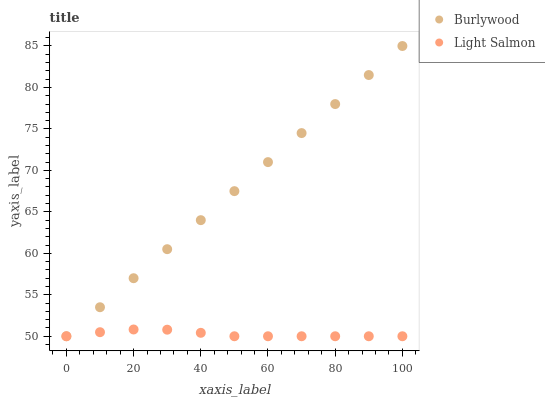
| xaxis_label | Burlywood | Light Salmon |
 | --- | --- | --- |
 | 0 | 50 | 50 |
 | 10 | 53.5 | 50.5 |
 | 20 | 57 | 50.8 |
 | 30 | 60.5 | 50.8 |
 | 40 | 64 | 50.4 |
 | 50 | 67.5 | 50 |
 | 60 | 71 | 50 |
 | 70 | 74.5 | 50 |
 | 80 | 78 | 50 |
 | 90 | 81.5 | 50 |
 | 100 | 85 | 50 |